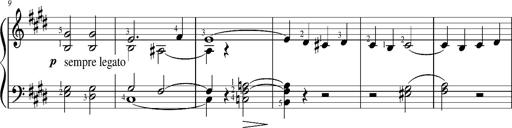
Title: Resignazione, S.187a/b
Composer: Franz Liszt